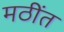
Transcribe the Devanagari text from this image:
मठींत